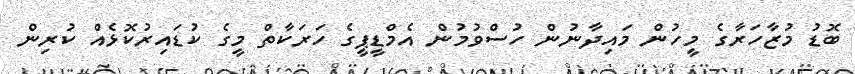
ބޮޑު މުޒާހަރާގެ މީހުން މައިދާނުން ހުސްވުމުން އެމްޑީޕީގެ ހަރަކާތް މީގެ ކުޑައިރުކޮޅެއް ކުރިން